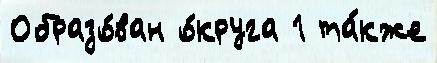
Образо́ван о́круга 1 та́кже